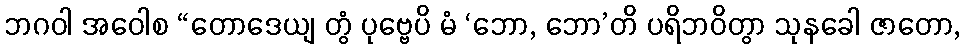
ဘဂဝါ အဝေါစ “တောဒေယျ တွံ ပုဗ္ဗေပိ မံ ‘ဘော, ဘော’တိ ပရိဘဝိတွာ သုနခေါ ဇာတော,